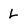
Character: L